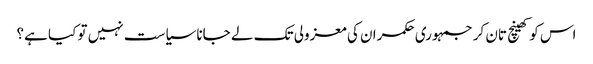
اس کو کھینچ تان کر جمہوری حکمران کی معزولی تک لے جانا سیاست نہیں تو کیا ہے؟